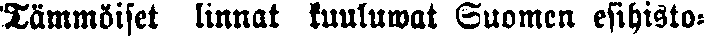
Tämmöiset linnat kuuluwat Suomen esihisto-